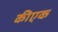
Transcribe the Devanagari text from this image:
कीएक